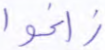
زاغوا